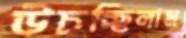
উচচ্ছিলাম